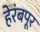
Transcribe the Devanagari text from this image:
हेरंबपूर